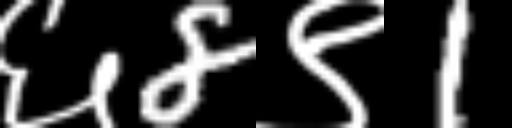
Text: ६8९1